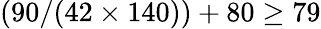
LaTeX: (90/(42\times 140))+80\geq 79